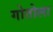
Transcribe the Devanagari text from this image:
गोतोला